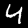
Label: 4